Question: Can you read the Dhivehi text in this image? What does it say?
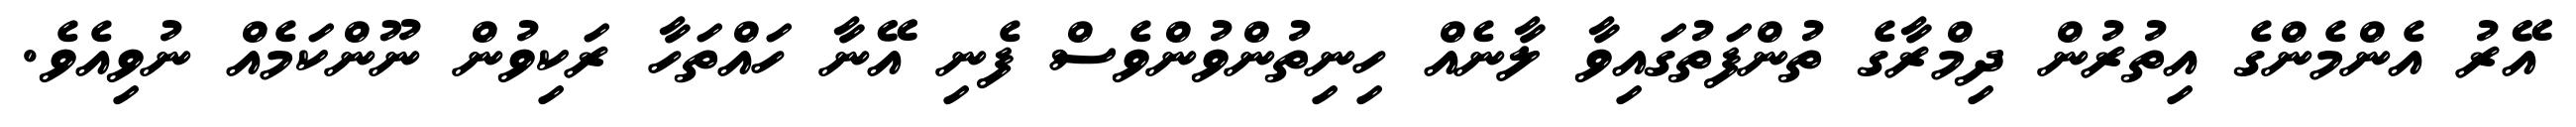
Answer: އޭރު އެންމެންގެ އިތުރުން ދިމްރާގެ ތުންފަތުގައިވާ ލާނެއް ހިނިތުންވުންވެސް ފެނި އޭނާ ހައްތަހާ ރަކިވުން ނޫންކަމެއް ނުވިއެވެ.